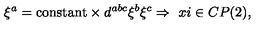
\xi ^ { a } = \mathrm { c o n s t a n t } \times d ^ { a b c } \xi ^ { b } \xi ^ { c } \Rightarrow \ x i \in C P ( 2 ) ,